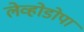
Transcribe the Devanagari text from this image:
लेव्होडोपा